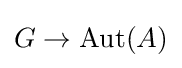
G\to {\text{Aut}}(A)